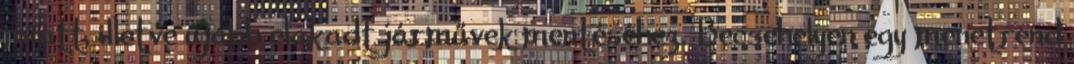
miatt, illetve újabb elakadt járművek mentéséhez. Becsehelyen egy menetrend